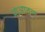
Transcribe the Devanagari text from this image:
नाआतल